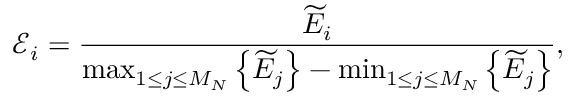
\mathcal E _ { i } = \frac { \widetilde E _ { i } } { \operatorname* { m a x } _ { 1 \le j \le M _ { N } } \left\{ \widetilde E _ { j } \right\} - \operatorname* { m i n } _ { 1 \le j \le M _ { N } } \left\{ \widetilde E _ { j } \right\} } ,